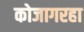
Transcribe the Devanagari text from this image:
कोजागरहा